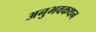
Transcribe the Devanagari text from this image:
अनुभवकथन